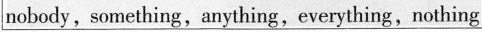
nobody, something,anything,everything,nothing